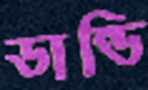
ডান্ডি